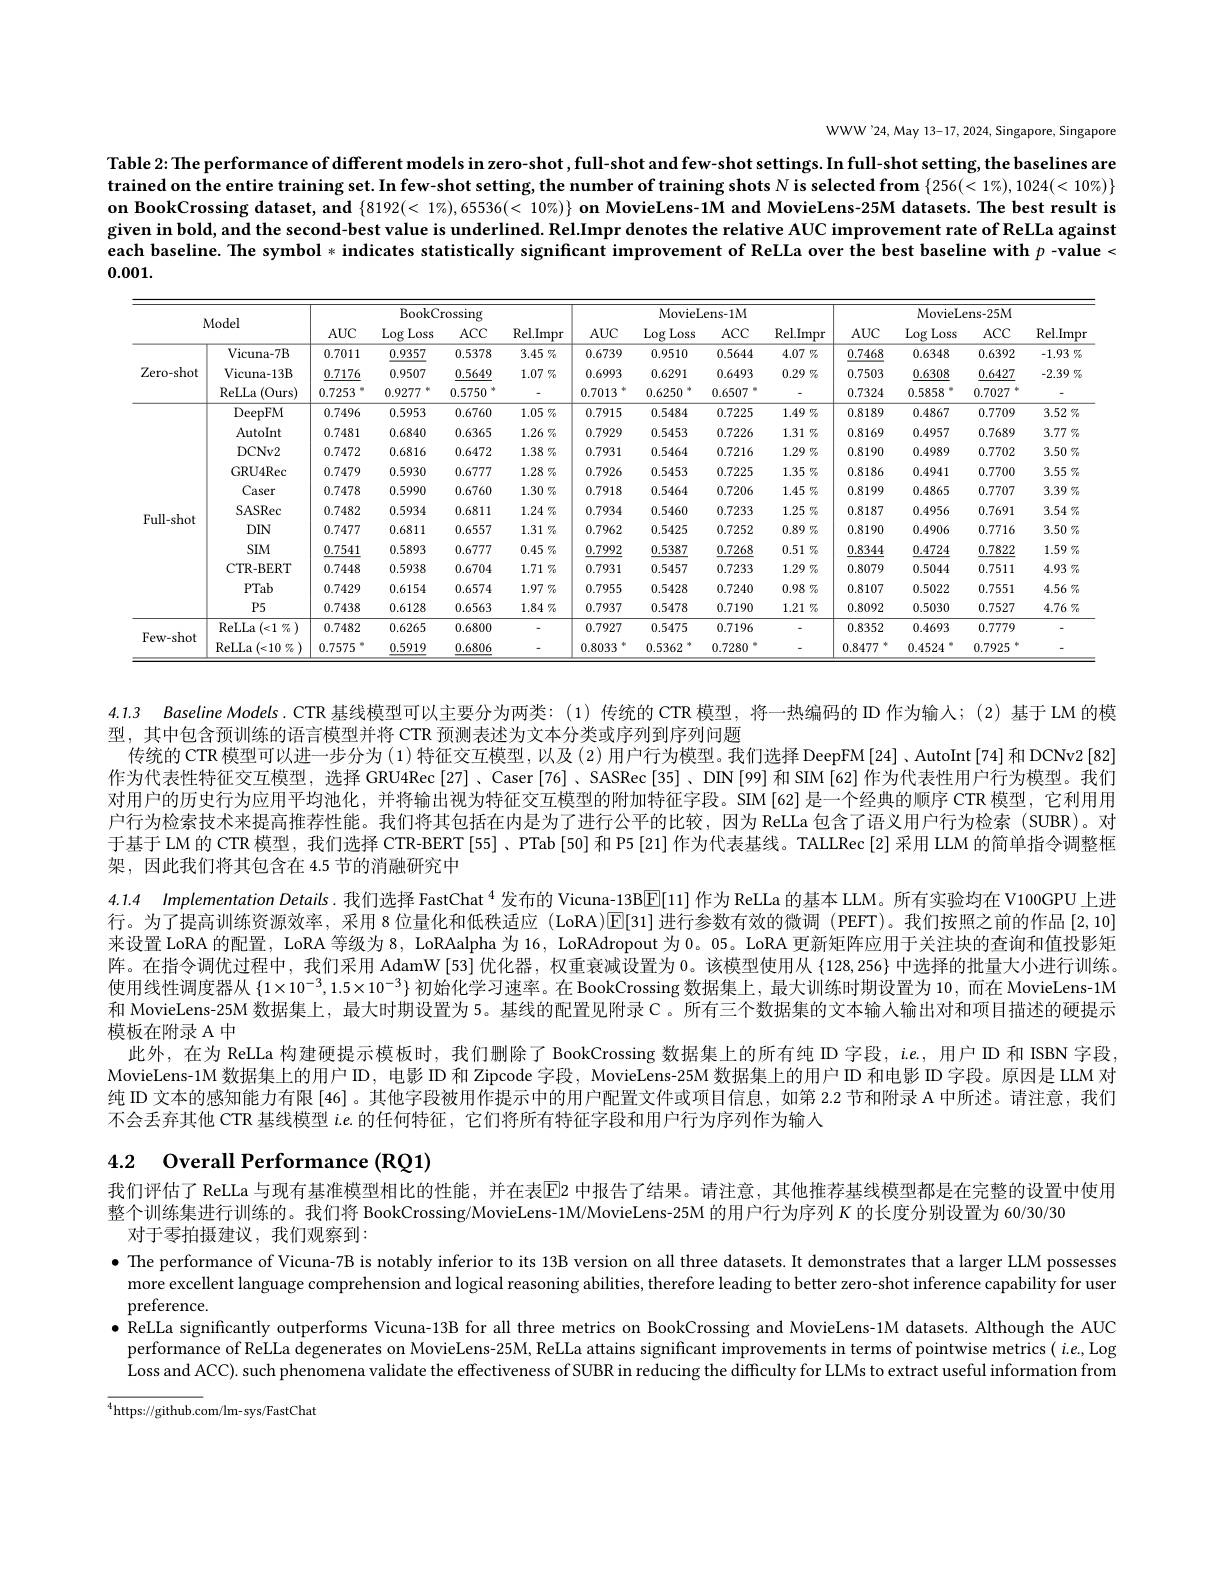
WWW'24, May 13-17, 2024, Singapore, Singapore

Table 2: The performance of different models in zero-shot , full-shot and few-shot settings. In full-shot setting, the baselines are trained on the entire training set. In few-shot setting, the number of training shots N is selected from $\{256(<1\%),1024(<10\%)\}$ given in bold, and the second-best value is underlined. Rel.Impr denotes the relative AUC improvement rate of ReLLa against each baseline. The symbol *indicates statistically significant improvement of ReLLa over the best baseline with $p$ -value < 0.001.

<table>
	<tbody>
		<tr>
			<th colspan="4">Model</th>
			<th colspan="3">BookCrossing</th>
			<th rowspan="2">Rel.Impr $AE$</th>
			<th colspan="4">MovieLens- 1M</th>
			<th colspan="4">MovieLens-25M</th>
		</tr>
		<tr>
			<th>$AUC$</th>
			<th>Log Loss</th>
			<th>$ACC$</th>
			<th rowspan="2">$AUC$ 0.6739</th>
			<th>Log Loss</th>
			<th>$ACC$</th>
			<th>Rel. Impr</th>
			<th rowspan="2">$AUC$ 0.7468</th>
			<th>Log Loss</th>
			<th>$ACC$</th>
			<th rowspan="2">Rel.Impr $-1.93\%$</th>
		</tr>
		<tr>
			<td rowspan="3">$Zero-shot$</td>
			<td>Vicuna-7B</td>
			<td>0.7011</td>
			<td>0.9357</td>
			<td>0.5378</td>
			<td>$3.45\%$</td>
			<td>0.9510</td>
			<td>0.5644</td>
			<td>$4.07\%$</td>
			<td>0.6348</td>
			<td>0.6392</td>
		</tr>
		<tr>
			<td>Vicuna-13B</td>
			<td>0.7176</td>
			<td>0.9507</td>
			<td>0.5649</td>
			<td>$1.07\%$</td>
			<td>0.6993</td>
			<td>0.6291</td>
			<td>0.6493</td>
			<td>$0.29\%$</td>
			<td>0.7503</td>
			<td>0.6308</td>
			<td>0.6427</td>
			<td>$-2.39\%$</td>
		</tr>
		<tr>
			<td>ReLLa (Ours)</td>
			<td>0.7253</td>
			<td>0.9277</td>
			<td>0.5750</td>
			<td> </td>
			<td>0.7013</td>
			<td>0.6250</td>
			<td>0.6507</td>
			<td> </td>
			<td>0.7324</td>
			<td>0.5858</td>
			<td>0.7027</td>
			<td> </td>
		</tr>
		<tr>
			<td rowspan="3">Full-shot</td>
			<td>DeepFM</td>
			<td>0.7496</td>
			<td>0.5953</td>
			<td>0.6760</td>
			<td>$1.05\%$</td>
			<td>0.7915</td>
			<td>0.5484</td>
			<td>0.7225</td>
			<td>$1.49\%$</td>
			<td>0.8189</td>
			<td>0.4867</td>
			<td>0.7709</td>
			<td>$3.52\%$</td>
		</tr>
		<tr>
			<td>AutoInt</td>
			<td>0.7481</td>
			<td>0.6840</td>
			<td>0.6365</td>
			<td>$1.26\%$</td>
			<td>0.7929</td>
			<td>0.5453</td>
			<td>0.7226</td>
			<td>$1.31\%$</td>
			<td>0.8169</td>
			<td>0.4957</td>
			<td>0.7689</td>
			<td>$3.77\%$</td>
		</tr>
		<tr>
			<td>DCNv2</td>
			<td>0.7472</td>
			<td>0.6816</td>
			<td>0.6472</td>
			<td>$1.38\%$</td>
			<td>0.7931</td>
			<td>0.5464</td>
			<td>0.7216</td>
			<td>$1.29\%$</td>
			<td>0.8190</td>
			<td>0.4989</td>
			<td>0.7702</td>
			<td>$3.50\%$</td>
		</tr>
		<tr>
			<td rowspan="8">Full-shot</td>
			<td>GRU4Rec</td>
			<td>0.7479</td>
			<td>0.5930</td>
			<td>0.6777</td>
			<td>$1.28\%$</td>
			<td>0.7926</td>
			<td>0.5453</td>
			<td>0.7225</td>
			<td>$1.35\%$</td>
			<td>0.8186</td>
			<td>0.4941</td>
			<td>0.7700</td>
			<td>$3.55\%$</td>
		</tr>
		<tr>
			<td>Caser</td>
			<td>0.7478</td>
			<td>0.5990</td>
			<td>0.6760</td>
			<td>$1.30\%$</td>
			<td>0.7918</td>
			<td>0.5464</td>
			<td>0.7206</td>
			<td>$1.45\%$</td>
			<td>0.8199</td>
			<td>0.4865</td>
			<td>0.7707</td>
			<td>$3.39\%$</td>
		</tr>
		<tr>
			<td>SASRec</td>
			<td>0.7482</td>
			<td>0.5934</td>
			<td>0.6811</td>
			<td>$1.24\%$</td>
			<td>0.7934</td>
			<td>0.5460</td>
			<td>0.7233</td>
			<td>$1.25\%$</td>
			<td>0.8187</td>
			<td>0.4956</td>
			<td>0.7691</td>
			<td>$3.54\%$</td>
		</tr>
		<tr>
			<td>$DIN$</td>
			<td>0.7477</td>
			<td>0.6811</td>
			<td>0.6557</td>
			<td>$1.31\%$</td>
			<td>0.7962</td>
			<td>0.5425</td>
			<td>0.7252</td>
			<td>$0.89\%$</td>
			<td>0.8190</td>
			<td>0.4906</td>
			<td>0.7716</td>
			<td>$3.50\%$</td>
		</tr>
		<tr>
			<td>SIM</td>
			<td>0.7541</td>
			<td>0.5893</td>
			<td>0.6777</td>
			<td>$0.45\%$</td>
			<td>0.7992</td>
			<td>0.5387</td>
			<td>0.7268</td>
			<td>$0.51\%$</td>
			<td>0.8344</td>
			<td>0.4724</td>
			<td>0.7822</td>
			<td>$1.59\%$</td>
		</tr>
		<tr>
			<td>CTR- BERT</td>
			<td>0.7448</td>
			<td>0.5938</td>
			<td>0.6704</td>
			<td>$1.71\%$</td>
			<td>0.7931</td>
			<td>0.5457</td>
			<td>0.7233</td>
			<td>$1.29\%$</td>
			<td>0.8079</td>
			<td>0.5044</td>
			<td>0.7511</td>
			<td>$4.93\%$</td>
		</tr>
		<tr>
			<td>PTab</td>
			<td>0.7429</td>
			<td>0.6154</td>
			<td>0.6574</td>
			<td>$1.97\%$</td>
			<td>0.7955</td>
			<td>0.5428</td>
			<td>0.7240</td>
			<td>$0.98\%$</td>
			<td>0.8107</td>
			<td>0.5022</td>
			<td>0.7551</td>
			<td>$4.56\%$</td>
		</tr>
		<tr>
			<td>$P5$</td>
			<td>0.7438</td>
			<td>0.6128</td>
			<td>0.6563</td>
			<td>$1.84\%$</td>
			<td>0.7937</td>
			<td>0.5478</td>
			<td>0.7190</td>
			<td>$1.21\%$</td>
			<td>0.8092</td>
			<td>0.5030</td>
			<td>0.7527</td>
			<td>$4.76\%$</td>
		</tr>
		<tr>
			<td rowspan="2">Few- shot</td>
			<td>$\operatorname{ReLLa}\left(<1\:\%\:\right)$</td>
			<td>0.7482</td>
			<td>0.6265</td>
			<td>0.6800</td>
			<td> </td>
			<td>0.7927</td>
			<td>0.5475</td>
			<td>0.7196</td>
			<td> </td>
			<td>0.8352</td>
			<td>0.4693</td>
			<td>0.7779</td>
			<td> </td>
		</tr>
		<tr>
			<td>ReLLa$\left ( < 10\right . \%$</td>
			<td>0.7575</td>
			<td>0.5919</td>
			<td>0.6806</td>
			<td> </td>
			<td>0.8033</td>
			<td>0.5362</td>
			<td>0.7280</td>
			<td> </td>
			<td>0.8477</td>
			<td>0.4524</td>
			<td>0.7925</td>
			<td> </td>
		</tr>
	</tbody>
</table>

4.1.3 Baseline Models. CTR 基线模型可以主要分为两类：(1)传统的 CTR 模型，将一热编码的 ID 作为输人；(2)基于 LM 的棋
型，其中包含预训练的语言模型并将 CTR 预测表述为文本分类或序列到序列问题
传统的 CTR 模型可以进一步分为 (1)特征交互模型，以及 (2) 用户行为模型。我们选择 DeepFM [24]、AutoInt [74] 和 DCNv2 [82] 作为代表性特征交互模型，选择 GRU4Rec[27]、Caser[76]、SASRec[35]、DN[99] 和 SIM[62] 作为代表性用户行为模型。我们对用户的历史行为应用平均池化，并将输出视为特征交互模型的附加特征字段。SIM[62] 是一个经典的顺序 CTR 模型，它利用用户行为检索技术来提高推荐性能。我们将其包括在内是为了进行公平的比较，因为 ReLLa 包含了语义用户行为检索 (SUBR)。对于基于 LM 的 CTR 模型，我们选择 CTR-BERT [55]、PTab [50] 和 P5 [21] 作为代表基线。TALLRec [2] 采用 LLM 的简单指令调整框架，因此我们将其包含在 4.5 节的消融研究中
4.1.4 Implementation Details.我们选择 FastChat $^{4}$发布的 Vicuna-13BE[11] 作为 ReLLa 的基本 LLM。所有实验均在 V100GPU 上进行。为了提高训练资源效率，采用 8 位量化和低秩适应 (LoRA)E[31]进行参数有效的微调 (PEFT)。我们按照之前的作品[2,10] 来设置 LoRA 的配置，LoRA 等级为 8, LoRAalpha 为 16, LoRAdropout 为 0。05。LoRA 更新矩阵应用于关注块的查询和值投影矩阵。在指令调优过程中，我们采用 AdamW[53] 优化器，权重衰减设置为 0。该模型使用从$\{128,256\}$中选择的批量大小进行训练。使用线性调度器从$\{1\times10^{-3},1.5\times10^{-3}\}$初始化学习速率。在 BookCrossing 数据集上，最大训练时期设置为 10, 而在 MovieLens-1M 和 MovieLens-25M 数据集上，最大时期设置为 5。基线的配置见附录 C。所有三个数据集的文本输人输出对和项目描述的硬提示模板在附录 A 中
此外，在为 ReLLa 构建硬提示模板时，我们删除了 BookCrossing 数据集上的所有纯 ID 字段，ie., 用户 ID 和 ISBN 字段MovieLens-1M 数据集上的用户ID，电影 ID 和 Zipcode 字段，MovieLens-25M 数据集上的用户 ID 和电影 ID 字段。原因是 LLM 对纯 ID 文本的感知能力有限 [46]。其他字段被用作提示中的用户配置文件或项目信息，如第 2.2 节和附录 A 中所述。请注意，我们不会丢弃其他 CTR 基线模型$i.e$的任何特征，它们将所有特征字段和用户行为序列作为输入

# 4.2 Overall Performance (RQ1)

我们评估了 ReLLa 与现有基准模型相比的性能，并在表$\overline{\mathrm{E}}$2 中报告了结果。请注意，其他推荐基线模型都是在完整的设置中使用
整个训练集进行训练的。我们将 BookCrossing/MovieLens-1M/MovieLens-25M 的用户行为序列$K$的长度分别设置为 60/30/30/30
对于零拍摄建议，我们观察到：
$\bullet$ The performance of Vicuna-7B is notably inferior to its 13B version on all three datasets. It demonstrates that a larger LLM possesses more excellent language comprehension and logical reasoning abilities, therefore leading to better zero-shot inference capability for user preference.
$\bullet$ ReLLa significantly outperforms Vicuna-13B for all three metrics on BookCrossing and MovieLens-1M datasets. Although the AUC performance of ReLLa degenerates on MovieLens-25M, ReLLa attains significant improvements in terms of pointwise metrics( $i.e$, Log Loss and ACC). such phenomena validate the effectiveness of SUBR in reducing the difficulty for LLMs to extract useful information from
$^{4}$https://github.com/lm-sys/FastChat